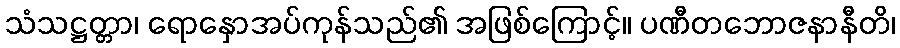
သံသဋ္ဌတ္တာ၊ ရောနှောအပ်ကုန်သည်၏ အဖြစ်ကြောင့်။ ပဏီတဘောဇနာနီတိ၊